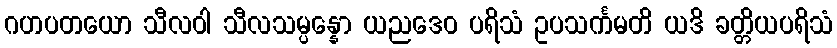
ဂဟပတယော သီလဝါ သီလသမ္ပန္နော ယညဒေဝ ပရိသံ ဥပသင်္ကမတိ ယဒိ ခတ္တိယပရိသံ